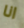
انا